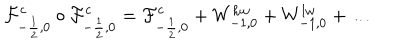
LaTeX: { \cal F } _ { - \frac { 1 } { 2 } , 0 } ^ { c } \circ { \cal F } _ { - \frac { 1 } { 2 } , 0 } ^ { c } = { \cal F } _ { - \frac { 1 } { 2 } , 0 } ^ { c } + W _ { - 1 , 0 } ^ { h w } + W _ { - 1 , 0 } ^ { l w } + \dots